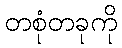
တစုံတခုကို